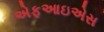
એફઆઇએસ